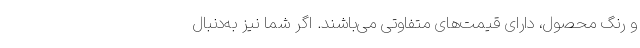
و رنگ محصول، دارای قیمت‌های متفاوتی می‌باشند. اگر شما نیز به‌دنبال